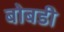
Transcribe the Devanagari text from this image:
बोबडी